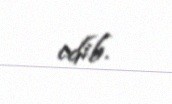
edib.